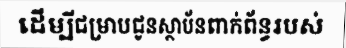
ដើម្បីជម្រាបជូនស្ថាប័នពាក់ព័ន្ធរបស់